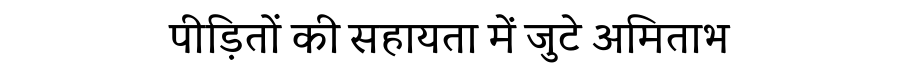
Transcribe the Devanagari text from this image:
पीड़ितों की सहायता में जुटे अमिताभ